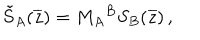
\tilde { S } _ { A } ( \overline { { { z } } } ) = { M _ { A } } ^ { B } S _ { B } ( \overline { { { z } } } ) \, ,